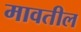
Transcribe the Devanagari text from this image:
मावतील